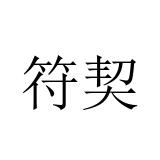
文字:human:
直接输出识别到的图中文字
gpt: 符契